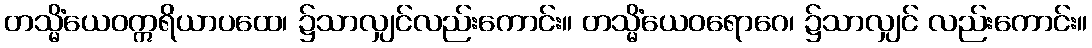
တသ္မိံယေဝဣရိယာပထေ၊ ၌သာလျှင်လည်းကောင်း။ တသ္မိံယေဝရောဂေ၊ ၌သာလျှင် လည်းကောင်း။